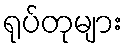
ရုပ်တုများ